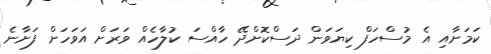
ކަމަށާއި އެ މުސްހަފް ކިޔަވަން ދަސްކޮށްދޭ ހާއްސަ ކުލާހެއް ވަރަށް އަވަހަށް ފަށާނެ